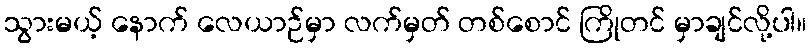
သွားမယ့် နောက် လေယာဉ်မှာ လက်မှတ် တစ်စောင် ကြိုတင် မှာချင်လို့ပါ။